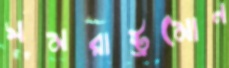
সমরাষ্ট্রমোন